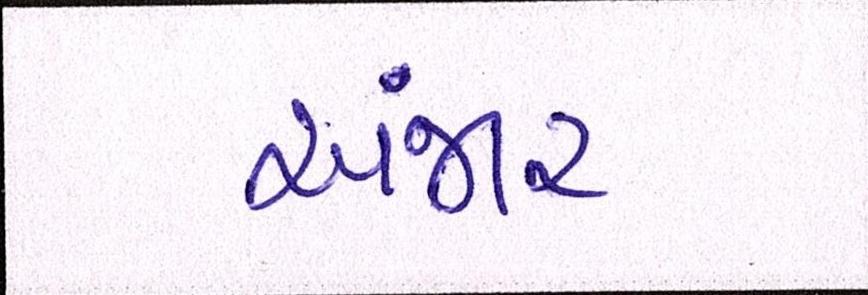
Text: અંજાર